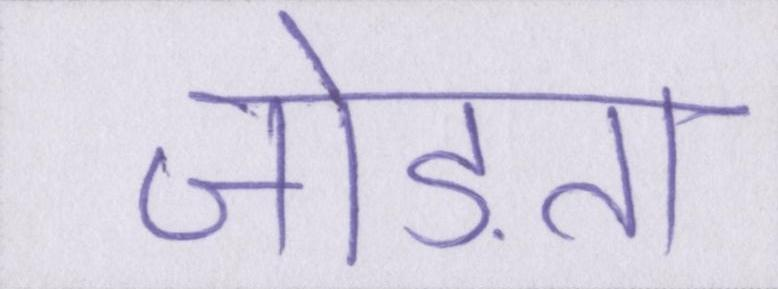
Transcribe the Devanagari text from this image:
जोड़ता